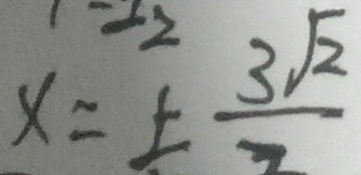
x = \pm \frac { 3 \sqrt { 2 } } { 7 }